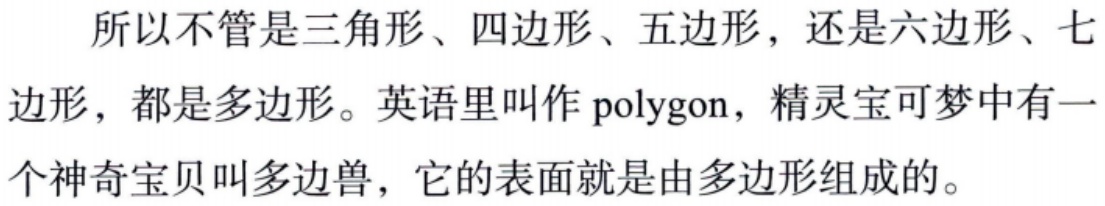
所以不管是三角形、四边形、五边形，还是六边形、七边形，都是多边形。英语里叫作 polygon，精灵宝可梦中有一个神奇宝贝叫多边兽，它的表面就是由多边形组成的。